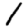
Digit: 1